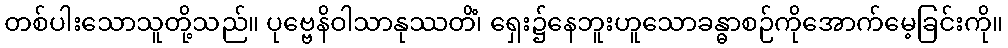
တစ်ပါးသောသူတို့သည်။ ပုဗ္ဗေနိဝါသာနုဿတိံ၊ ရှေး၌နေဘူးဟူသောခန္ဓာစဉ်ကိုအောက်မေ့ခြင်းကို။